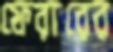
ফেরারের